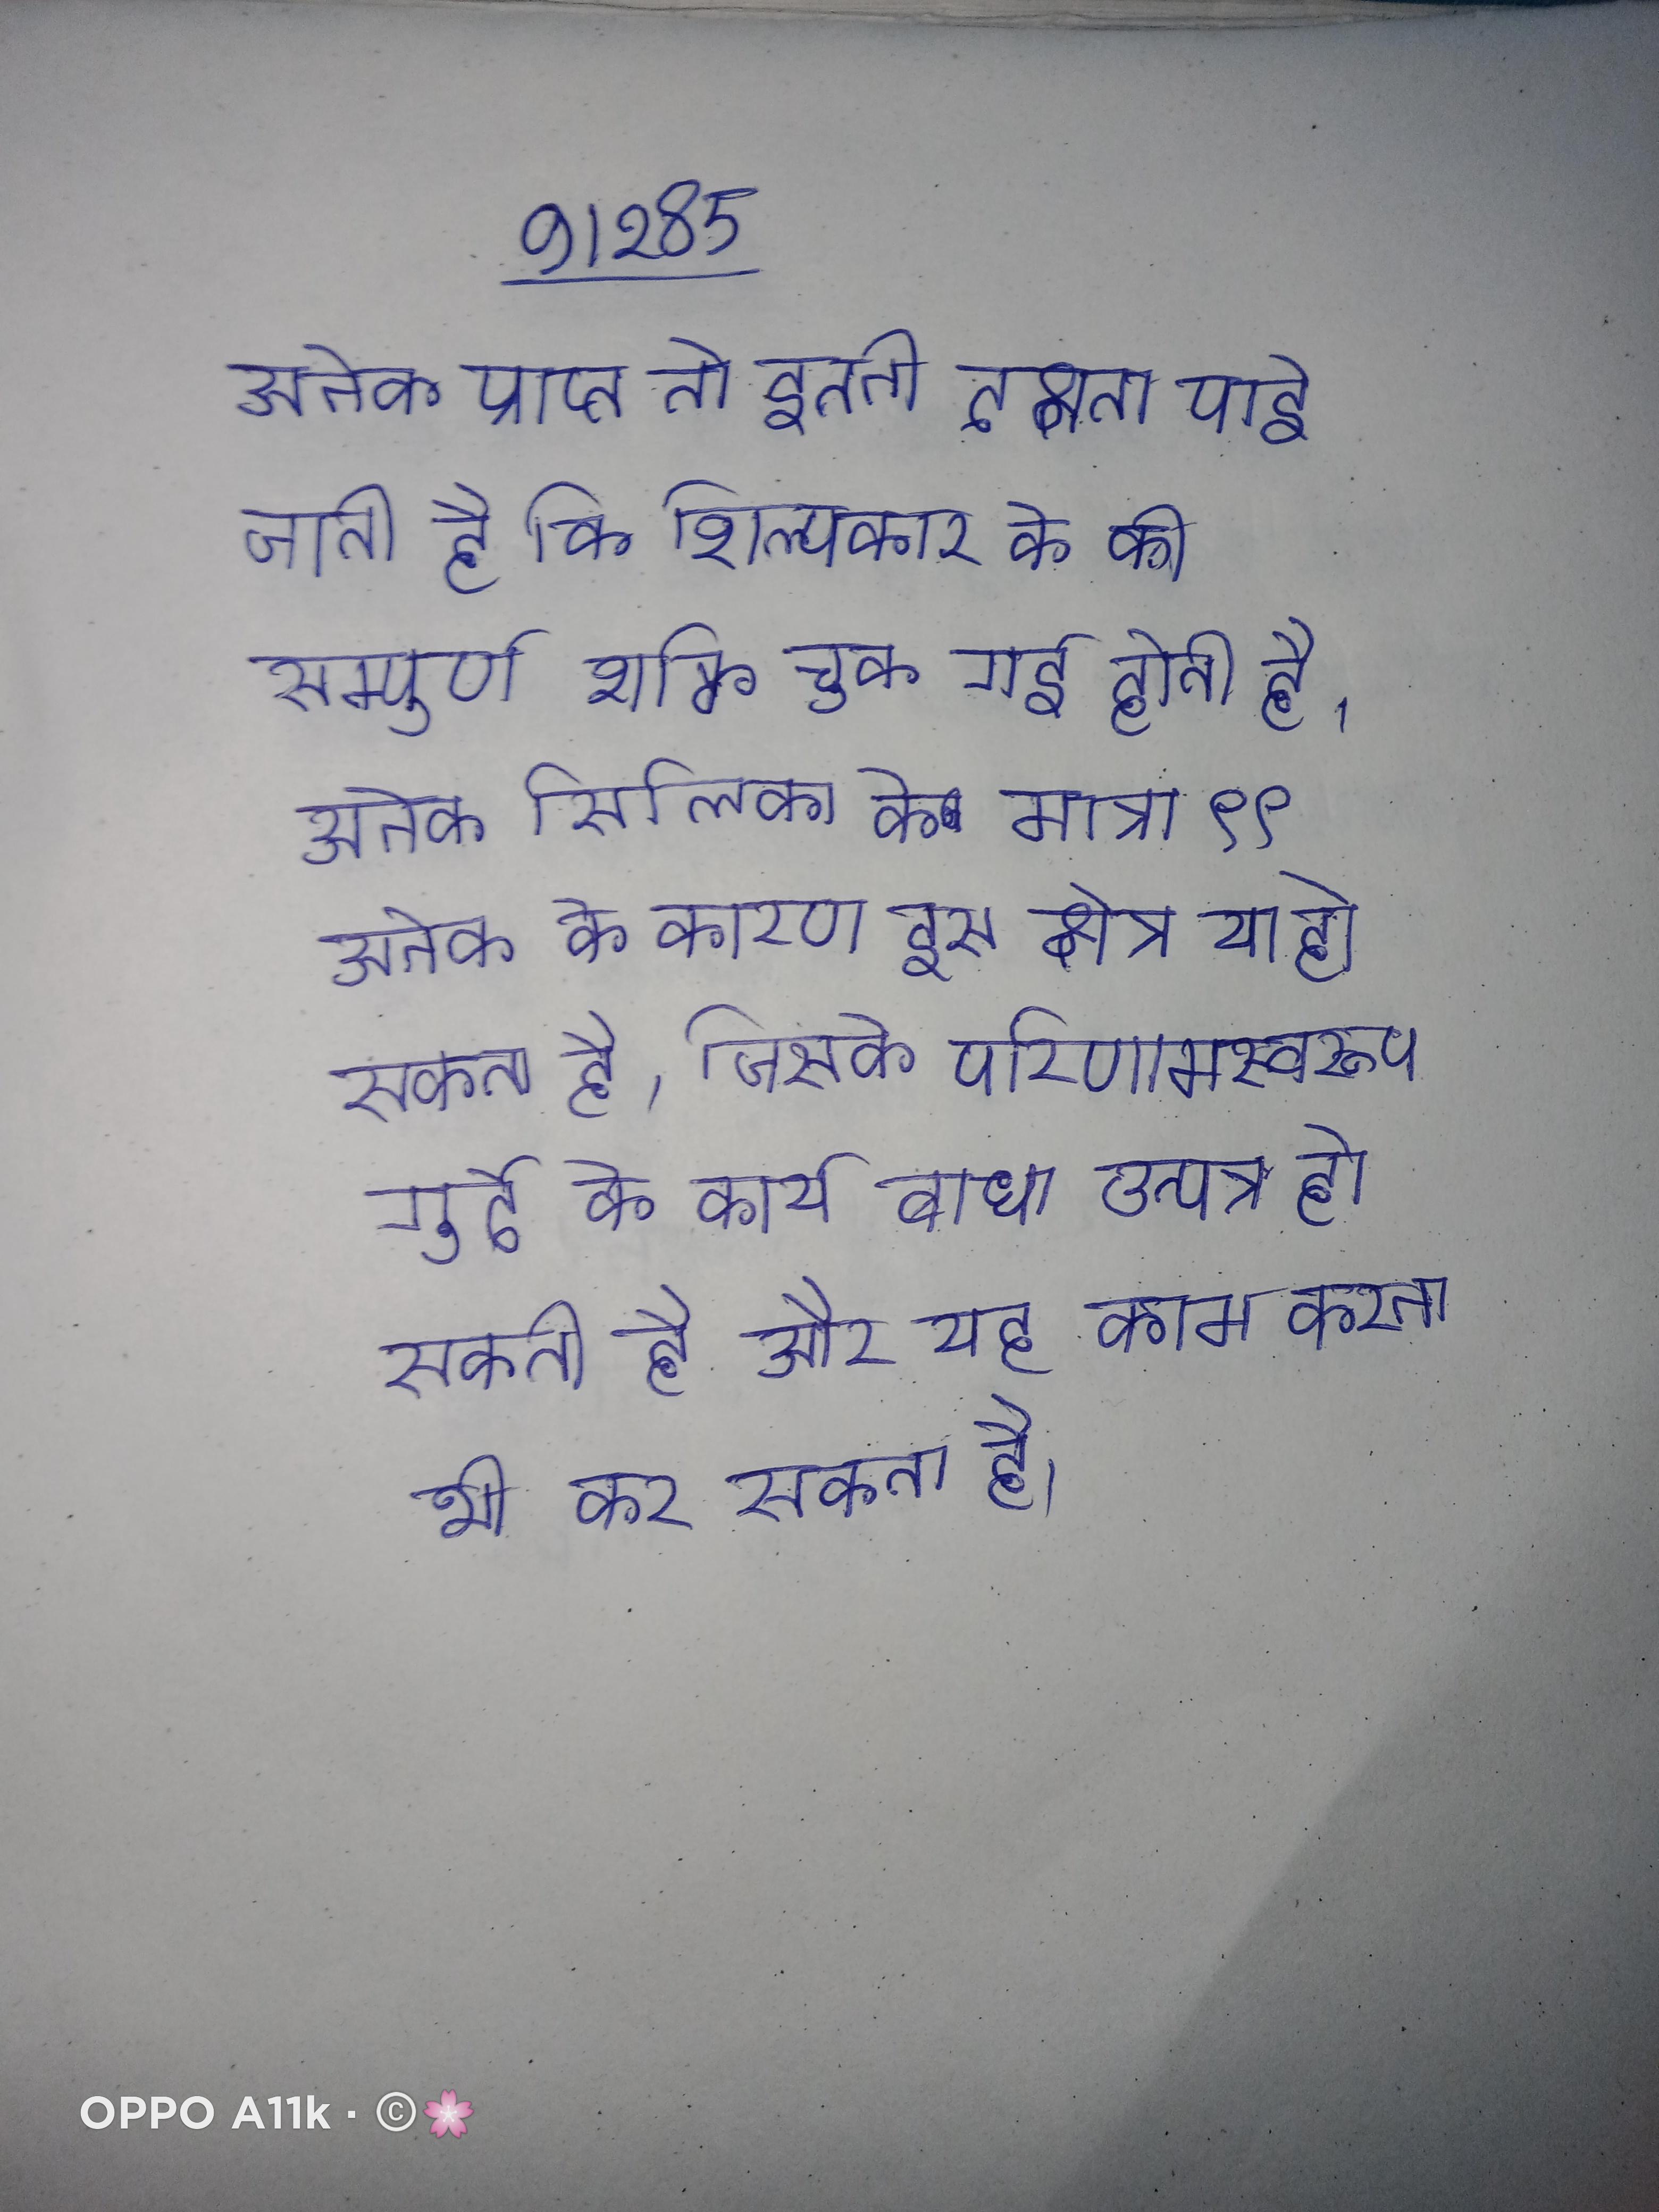
अनेक प्राप्त तो इतनी दक्षता पाई जाती है कि शिल्पकार के की सम्पूर्ण शक्ति चुक गई होती है । अनेक सिलिका की मात्रा ९९ . अनेक के कारण इस क्षेत्र या हो सकता है, जिसके परिणामस्वरूप गुर्दे के कार्य बाधा उत्पन्न हो सकती है और यह काम करना भी कर सकता है ।